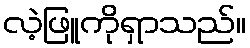
လဲ့ဖြူကိုရှာသည်။